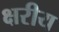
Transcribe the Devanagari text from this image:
क्षरीय